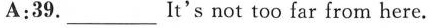
A:39.____It's not too far from here.